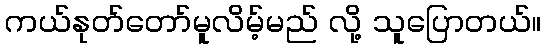
ကယ်နုတ်တော်မူလိမ့်မည် လို့ သူပြောတယ်။